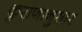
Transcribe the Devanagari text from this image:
कुराणानुसार